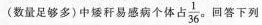
(数量足够多)中矮秆易感病个体占\frac{1}{36} 。回答下列